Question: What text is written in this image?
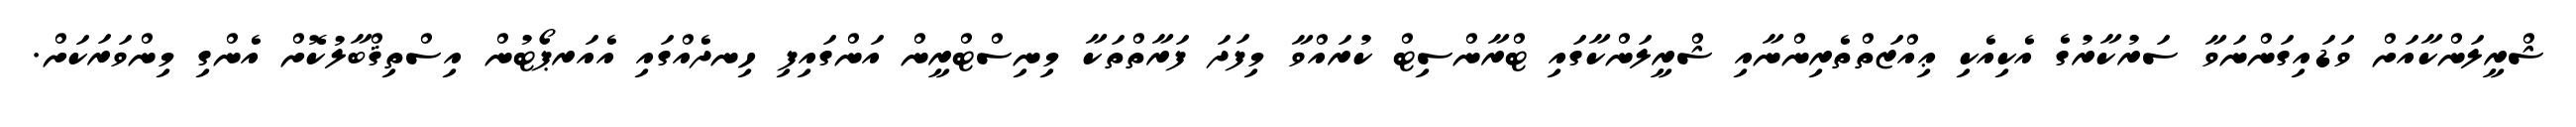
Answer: ޝްރީލަންކާއަށް ވަޑައިގަންނަވާ ސަރުކާރުގެ އެކިއެކި ޢިއްޒަތްތެރިންނާއި ޝްރީލަންކާގައި ޓްރާންސިޓް ކުރައްވާ މިފަދަ ފަރާތްތަކާ މިނިސްޓްރީން އަންގައިފި ހިނދެއްގައި އެއަރޕޯޓުން އިސްތިޤްބާލުކޮށް އެންގި މިންވަރަކަށް.